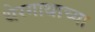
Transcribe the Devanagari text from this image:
थेरगाथाच्या